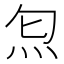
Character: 𤆫